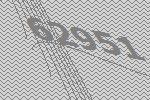
62951